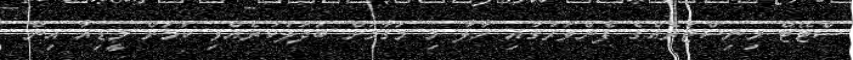
ސްޓޭޓް މިނިސްޓަރެއްގެ ފެންވަރުގައި ހާލާ މި މަގާމަށް ބަދަލުކުރެއްވި ކަމަށް މީޑިއާ އިން